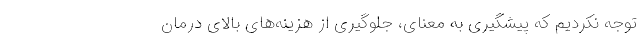
توجه نکردیم که پیشگیری به معنای، جلوگیری از هزینه‌های بالای درمان